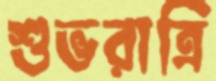
শুভরাত্রি